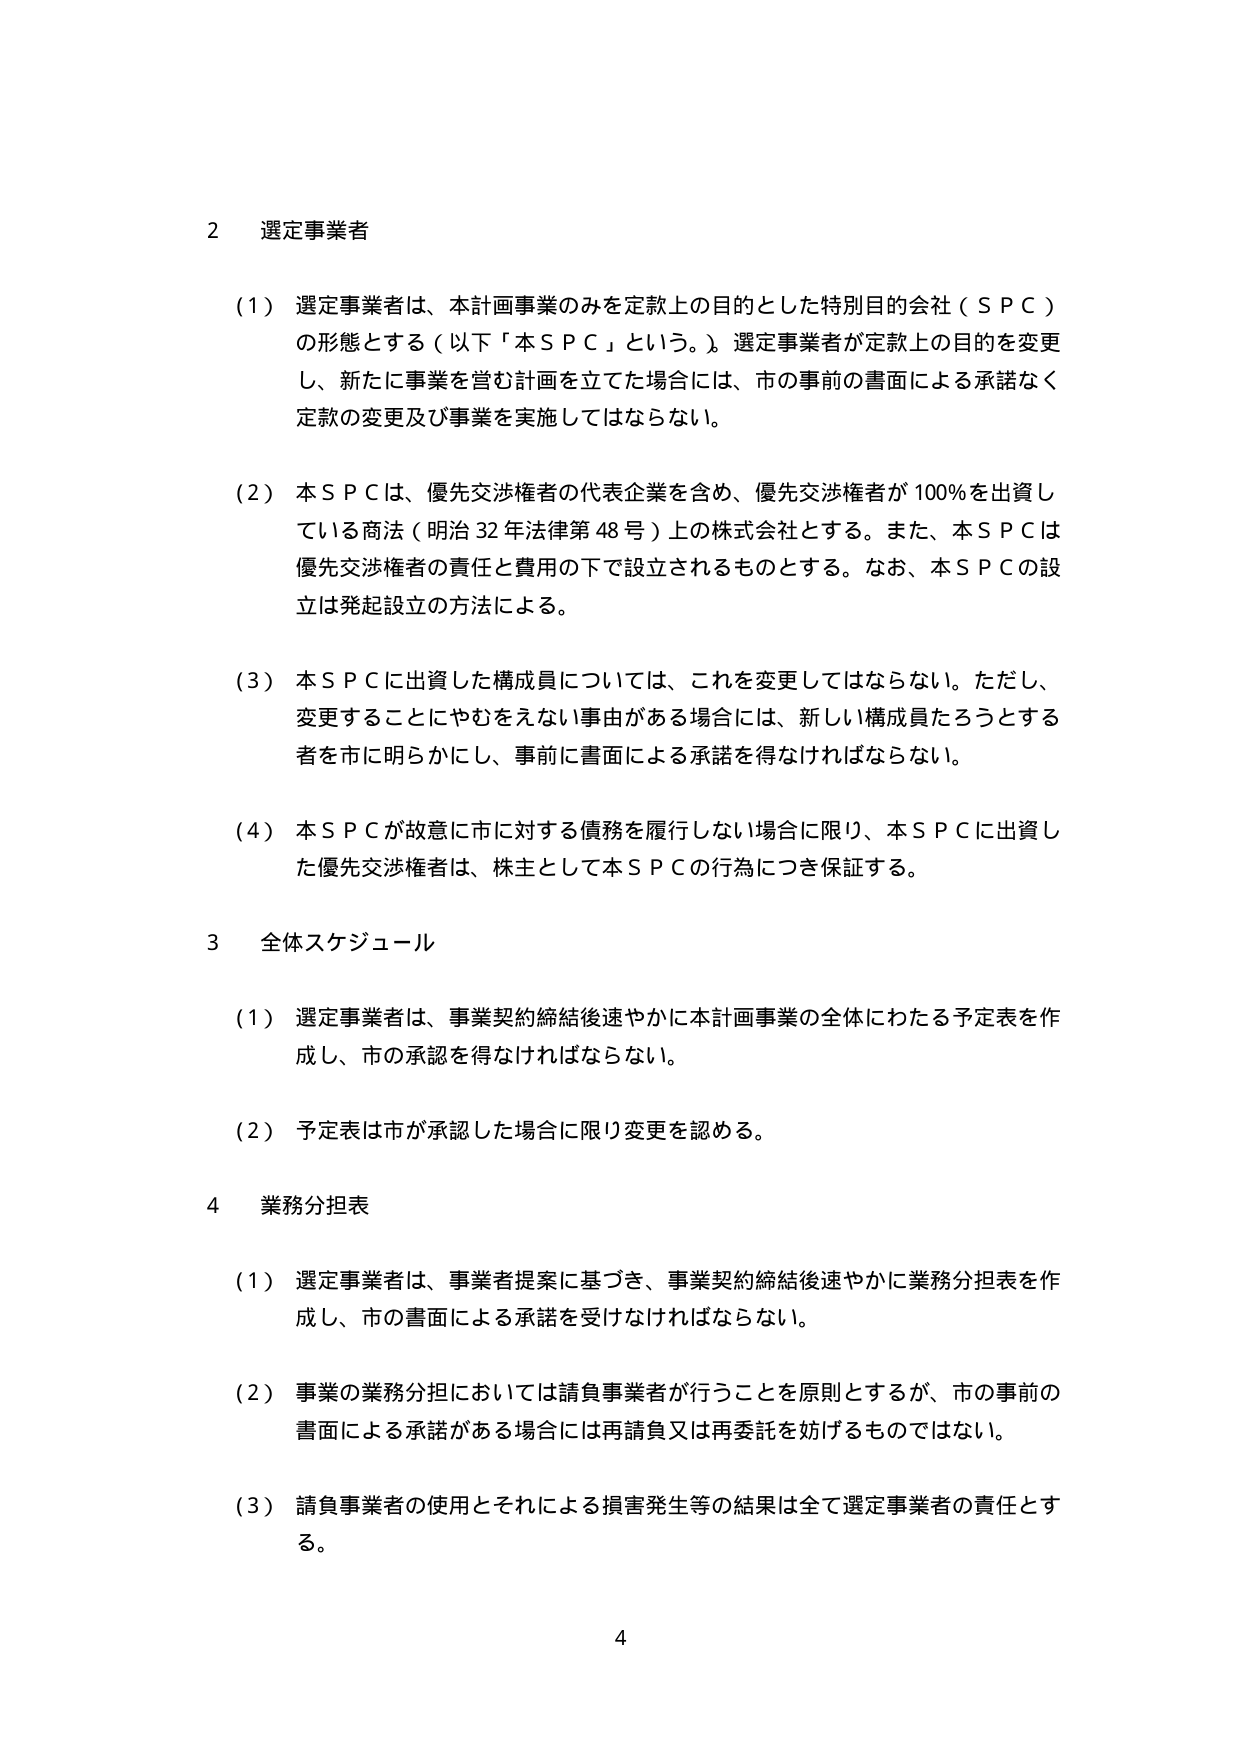
2 選定事業者

（1）選定事業者は、本計画事業のみを定款上の目的とした特別目的会社（ＳＰＣ）の形態とする（以下「本ＳＰＣ」という。）。選定事業者が定款上の目的を変更し、新たに事業を営む計画を立てた場合には、市の事前の書面による承諾なく定款の変更及び事業を実施してはならない。

（2）本ＳＰＣは、優先交渉権者の代表企業を含め、優先交渉権者が100％を出資している商法（明治32年法律第48号）上の株式会社とする。また、本ＳＰＣは優先交渉権者の責任と費用の下で設立されるものとする。なお、本ＳＰＣの設立は発起設立の方法による。

（3）本ＳＰＣに出資した構成員については、これを変更してはならない。ただし、変更することにやむをえない事由がある場合には、新しい構成員たろうとする者を市に明らかにし、事前に書面による承諾を得なければならない。

（4）本ＳＰＣが故意に市に対する債務を履行しない場合に限り、本ＳＰＣに出資した優先交渉権者は、株主として本ＳＰＣの行為につき保証する。

3 全体スケジュール

（1）選定事業者は、事業契約締結後速やかに本計画事業の全体にわたる予定表を作成し、市の承認を得なければならない。

（2）予定表は市が承認した場合に限り変更を認める。

4 業務分担表

（1）選定事業者は、事業者提案に基づき、事業契約締結後速やかに業務分担表を作成し、市の書面による承諾を受けなければならない。

（2）事業の業務分担においては請負事業者が行うことを原則とするが、市の事前の書面による承諾がある場合には再請負又は再委託を妨げるものではない。

（3）請負事業者の使用とそれによる損害発生等の結果は全て選定事業者の責任とする。

4